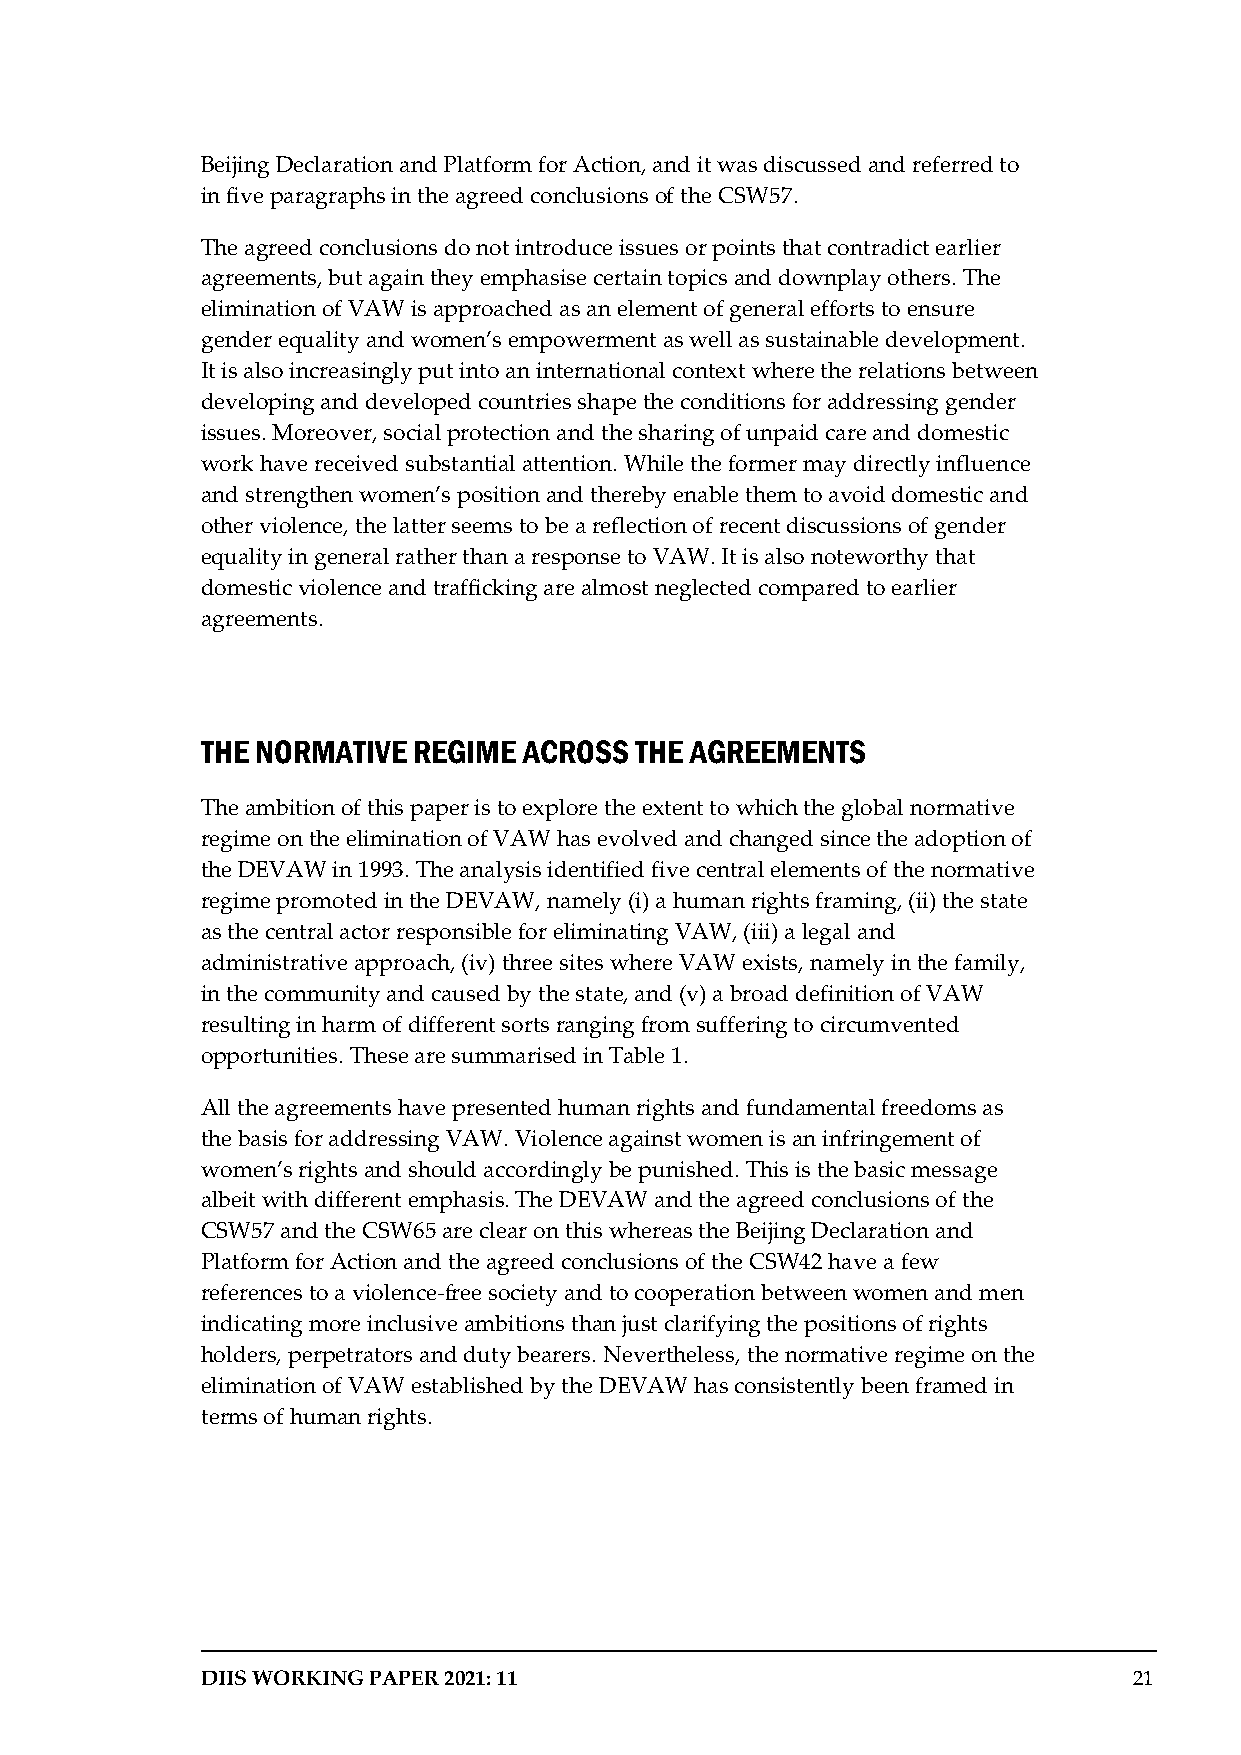
Beijing Declaration and Platform for Action, and it was discussed and referred to
 in five paragraphs in the agreed conclusions of the CSW57.
 The agreed conclusions do not introduce issues or points that contradict earlier
 agreements, but again they emphasise certain topics and downplay others. The
 elimination of VAW is approached as an element of general efforts to ensure
 gender equality and women’s empowerment as well as sustainable development.
 It is also increasingly put into an international context where the relations between
 developing and developed countries shape the conditions for addressing gender
 issues. Moreover, social protection and the sharing of unpaid care and domestic
 work have received substantial attention. While the former may directly influence
 and strengthen women’s position and thereby enable them to avoid domestic and
 other violence, the latter seems to be a reflection of recent discussions of gender
 equality in general rather than a response to VAW. It is also noteworthy that
 domestic violence and trafficking are almost neglected compared to earlier
 agreements.
 THE NORMATIVE REGIME  ACROSS THE AGREEMENTS
 The ambition of this paper is to explore the extent to which the global normative
 regime on the elimination of VAW has evolved and changed since the adoption of
 the DEVAW in 1993. The analysis identified five central elements of the normative
 regime promoted in the DEVAW, namely (i) a human rights framing, (ii) the state
 as the central actor responsible for eliminating VAW, (iii) a legal and
 administrative approach, (iv) three sites where VAW exists, namely in the family,
 in the community and caused by the state, and (v) a broad definition of VAW
 resulting in harm of different sorts ranging from suffering to circumvented
 opportunities. These are summarised in Table 1.
 All the agreements have presented human rights and fundamental freedoms as
 the basis for addressing VAW. Violence against women is an infringement of
 women’s rights and should accordingly be punished. This is the basic message
 albeit with different emphasis. The DEVAW and the agreed conclusions of the
 CSW57 and the CSW65 are clear on this whereas the Beijing Declaration and
 Platform for Action and the agreed conclusions of the CSW42 have a few
 references to a violence-free society and to cooperation between women and men
 indicating more inclusive ambitions than just clarifying the positions of rights
 holders, perpetrators and duty bearers. Nevertheless, the normative regime on the
 elimination of VAW established by the DEVAW has consistently been framed in
 terms of human rights.
 DIIS WORKING PAPER 2021: 11                                   21